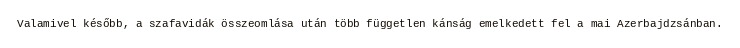
Valamivel később, a szafavidák összeomlása után több független kánság emelkedett fel a mai Azerbajdzsánban.